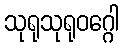
သုရုသုရုဝဂ္ဂေါ